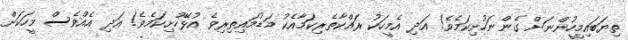
ތިޔަބައިމީހުންނަށް ގެންނަހުށިކަމެވެ! އަދި އެމީހަކު ރައްކާތެރިކަމާއެކު މަޑުމައިތިރިވެ އުޅޭހުށިކަމެވެ! އަދި އެއްވެސް މީހަކަށް